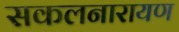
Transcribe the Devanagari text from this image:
सकलनारायण